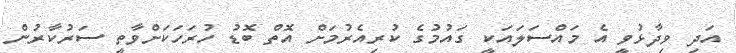
އަދި ވިދާޅުވީ އެ މައްސަލައަކީ ގައުމުގެ ކުރިއެރުމަށް އޮތް ބޮޑު ހުރަހަކަށްވާތީ ސަރުކާރުން